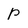
Character: p